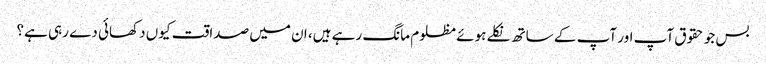
بس جو حقوق آپ اور آپ کے ساتھ نکلے ہوئے مظلوم مانگ رہے ہیں، ان میں صداقت کیوں دکھائی دے رہی ہے؟